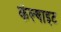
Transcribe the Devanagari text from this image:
कॅल्षाइट